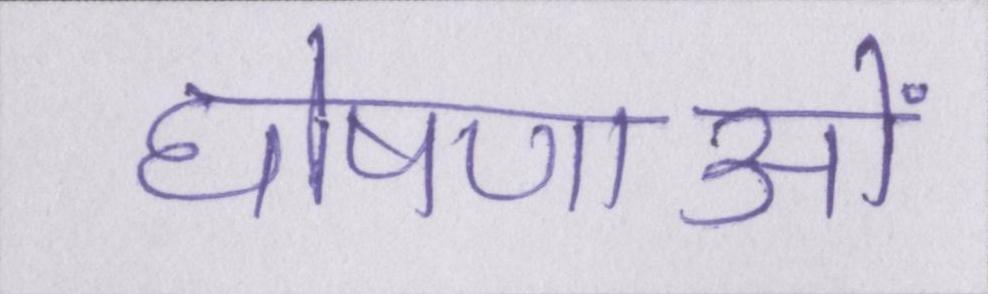
घोषणाओं